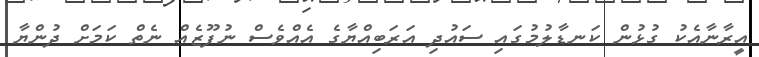
އީރާނާއެކު ގުޅުން ކަނޑާލުމުގައި ސައުދި އަރަބިއްޔާގެ އެއްވެސް ނުފޫޒެއް ނެތް ކަމަށް ދުންޔާ